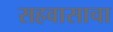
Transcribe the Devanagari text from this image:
सहवासाचा